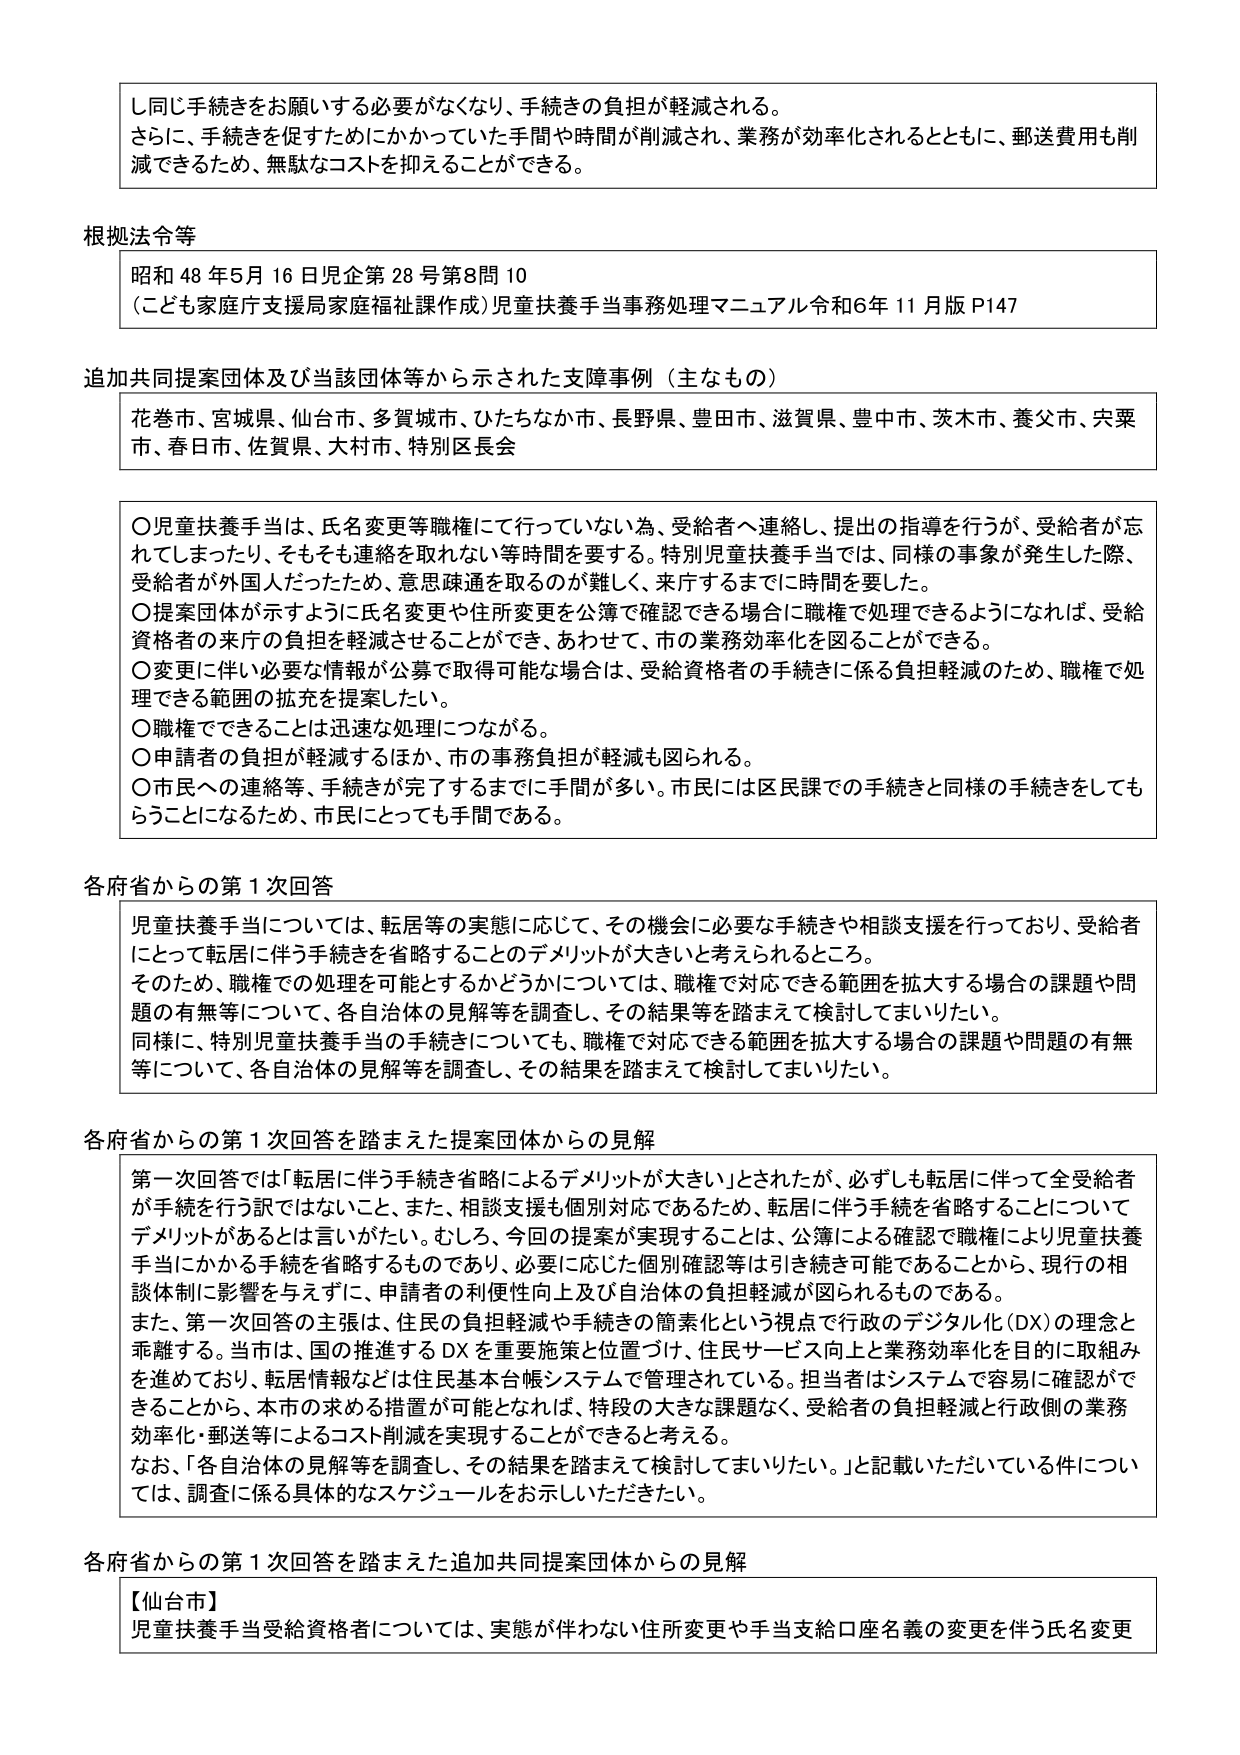
し同じ手続きをお願いする必要がなくなり、手続きの負担が軽減される。
さらに、手続きを促すためにかかっていた手間や時間が削減され、業務が効率化されるとともに、郵送費用も削減できるため、無駄なコストを抑えることができる。

根拠法令等
昭和48年5月16日児企第28号第8問10
（こども家庭庁支援局家庭福祉課作成）児童扶養手当事務処理マニュアル令和6年11月版P147

追加共同提案団体及び当該団体等から示された支援事例（主なもの）
花巻市、宮城県、仙台市、多賀城市、ひたちなか市、長野県、豊田市、滋賀県、豊中市、茨木市、養父市、宍粟市、春日市、佐賀県、大村市、特別区長会

〇児童扶養手当は、氏名変更等職権にて行っていない為、受給者へ連絡し、提出の指導を行うが、受給者が忘れてしまったり、そもそも連絡を取れない等時間を要する。特別児童扶養手当では、同様の事象が発生した際、受給者が外国人だったため、意思疎通を取るのが難しく、来庁するまでに時間を要した。
〇提案団体が示すように氏名変更や住所変更を公簿で確認できる場合に職権で処理できるようになれば、受給資格者の来庁の負担を軽減させることができ、あわせて、市の業務効率化を図ることができる。
〇変更に伴い必要な情報を公簿で取得可能な場合は、受給資格者の手続きに係る負担軽減のため、職権で処理できる範囲の拡充を提案したい。
〇職権でできることは迅速な処理につながる。
〇申請者の負担が軽減するほか、市の事務負担が軽減も図られる。
〇市民への連絡等、手続きが完了するまでに手間が多い。市民には区民課での手続きと同様の手続きをしてもらうことになるため、市民にとっても手間である。

各府省からの第1次回答
児童扶養手当については、転居等の実態に応じて、その機会に必要な手続きや相談支援を行っており、受給者にとって転居に伴う手続きを省略することのデメリットが大きいと考えられるところ。
そのため、職権での処理を可能とするかどうかについては、職権で対応できる範囲を拡大する場合の課題や問題の有無等について、各自治体の見解等を調査し、その結果等を踏まえて検討してまいりたい。
同様に、特別児童扶養手当の手続きについても、職権で対応できる範囲を拡大する場合の課題や問題の有無等について、各自治体の見解等を調査し、その結果を踏まえて検討してまいりたい。

各府省からの第1次回答を踏まえた提案団体からの見解
第一次回答では「転居に伴う手続き省略によるデメリットが大きい」とされたが、必ずしも転居に伴って全受給者が手続を行う訳ではないこと、また、相談支援も個別対応であるため、転居に伴う手続を省略することについてデメリットがあるとは言いがたい。むしろ、今回の提案が実現することは、公簿による確認で職権により児童扶養手当にかかる手続を省略するものであり、必要に応じた個別確認等は引き続き可能であることから、現行の相談体制に影響を与えずに、申請者の利便性向上及び自治体の負担軽減が図られるものである。
また、第一次回答の主張は、住民の負担軽減や手続きの簡素化という視点で行政のデジタル化（DX）の理念と乖離する。当市は、国の推進するDXを重要施策と位置づけ、住民サービス向上と業務効率化を目的に取組みを進めており、転居情報などは住民基本台帳システムで管理されている。担当者はシステムで容易に確認ができることから、本市の求める措置が可能となれば、特段の大きな課題なく、受給者の負担軽減と行政側の業務効率化・郵送等によるコスト削減を実現することができると考える。
なお、「各自治体の見解等を調査し、その結果を踏まえて検討してまいりたい。」と記載いただいている件については、調査に係る具体的なスケジュールをお示しいただきたい。

各府省からの第1次回答を踏まえた追加共同提案団体からの見解
【仙台市】
児童扶養手当受給資格者については、実態が伴わない住所変更や手当支給口座名義の変更を伴う氏名変更